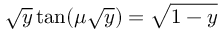
\sqrt { y } \tan ( \mu \sqrt { y } ) = \sqrt { 1 - y }